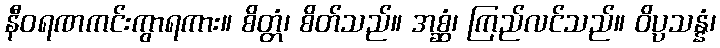
နီဝရဏကင်းကွာရကား။ စိတ္တံ၊ စိတ်သည်။ အစ္ဆံ၊ ကြည်လင်သည်။ ဝိပ္ပသန္နံ၊